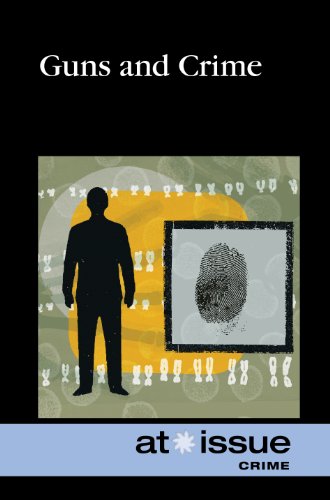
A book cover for Guns and Crime (At Issue); Noel Merino; Teen & Young Adult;